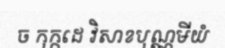
ច កុក្កដេ វិសាខបុណ្ណមីយំ